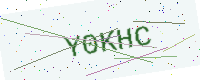
Text: Y0KHC